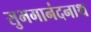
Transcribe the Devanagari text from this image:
सुभगानंदनाथ